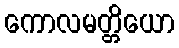
ကောလမတ္တိယော